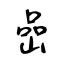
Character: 嵒